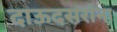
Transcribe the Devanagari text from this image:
दाऊदसरांना